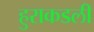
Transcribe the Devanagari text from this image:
हुराकडली